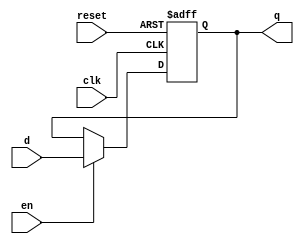
`timescale 1ns / 1ps
//////////////////////////////////////////////////////////////////////////////////
// Company: Universidad de Gualadajara
// 
// Design Name: Register
// Module Name: Register
// Project Name: Processor
// Target Devices: 
// Tool Versions: 
// Description: 
// 
// Dependencies: 
// 
// Revision:
// Revision 0.01 - File Created
// Additional Comments:
// 
//////////////////////////////////////////////////////////////////////////////////

module Register(
//---------I/O---------
    input [31:0] d,
    input reset,clk,en,
    output reg [31:0] q
    );

    //Body
    always@(posedge reset or posedge clk)
    begin//Begin always
        if(reset == 1'b1)
            q <= 32'b00000000000000000000000000000000;
        else
        begin//begin else
            if(en == 1'b1)
                q <= d;
        end//end else    
    end//End always
endmodule